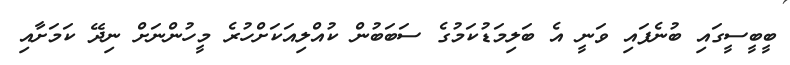
ބީބީސީގައި ބުނެފައި ވަނީ އެ ބަލިމަޑުކަމުގެ ސަބަބުން ކުއްލިއަކަށްހުރެ މީހުންނަށް ނިދޭ ކަމަށާއި